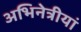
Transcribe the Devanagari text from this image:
अभिनेत्रीयां